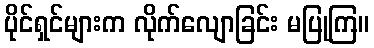
ပိုင်ရှင်များက လိုက်လျောခြင်း မပြုကြ။